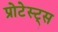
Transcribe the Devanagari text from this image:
प्रोटेस्ट्स